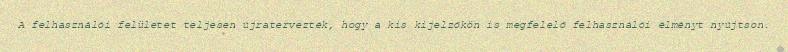
A felhasználói felületet teljesen újratervezték, hogy a kis kijelzőkön is megfelelő felhasználói élményt nyújtson.